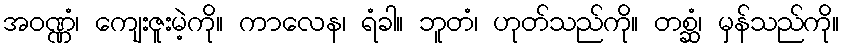
အဝဏ္ဏံ၊ ကျေးဇူးမဲ့ကို။ ကာလေန၊ ရံခါ။ ဘူတံ၊ ဟုတ်သည်ကို။ တစ္ဆံ၊ မှန်သည်ကို။